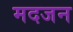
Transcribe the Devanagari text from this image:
मदजन